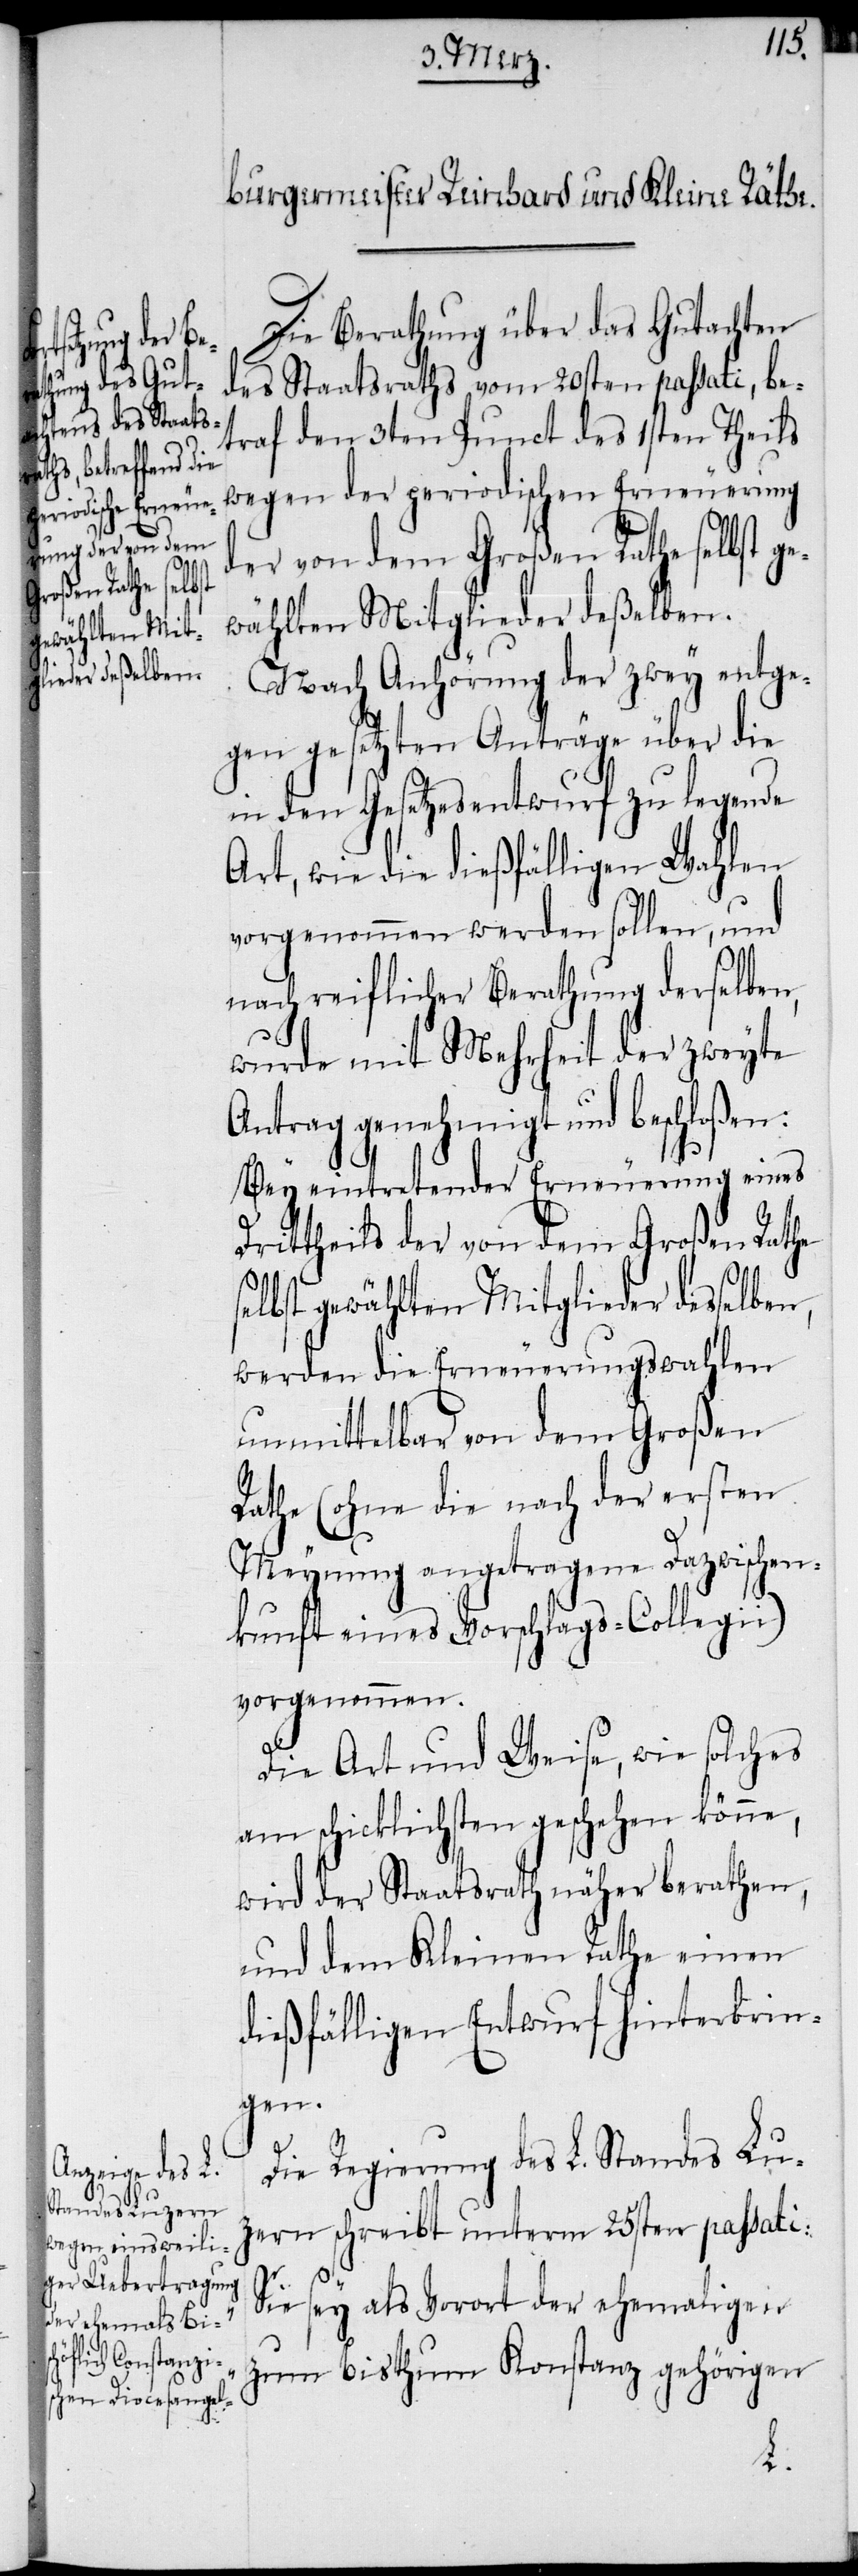
ewählten Mit¬
glieder deßelben.

Die Berathung über das Gutachten
des Staatsraths vom 20sten passati, be¬
traf den 3ten Punct des 1sten Theils
wegen der periodischen Erneuerung
der von dem Großen Rathe selbst g¬
Nach Anhörung der zwey entge¬
gen gesetzten Anträge über die
in den Gesetzesentwurf zu legende
Art, wie die dießfälligen Wahlen
vorgenommen werden sollen, und
„S¬
nach reiflicher Berathung derselben,
wurde mit Mehrheit der zweyte
Antrag genehmigt und beschloßen:
Bey eintretender Erneuerung eines
Drittheils der von dem Großen Rathe
elbst gewählten Mitglieder desselben
werden die Erneuerungswahlen
unmittelbar von dem Großen
Rathe (ohne die nach der ersten
Meynung angetragene Dazwischen¬
kunft eines Vorschlags-Collegii)
vorgenommen.
Die Art und Weise, wie solches
am schicklichsten geschehen könne,
wird der Staatsrath näher berathen,
und dem Kleinen Rathe einen
dießfälligen Entwurf hinterbrin¬
gen.
Die Regierung des L. Standes Lu¬
zern schreibt unterm 25sten passati:
ie sey als Vorort der ehemaligen
zum Bisthum Konstanz gehörigen